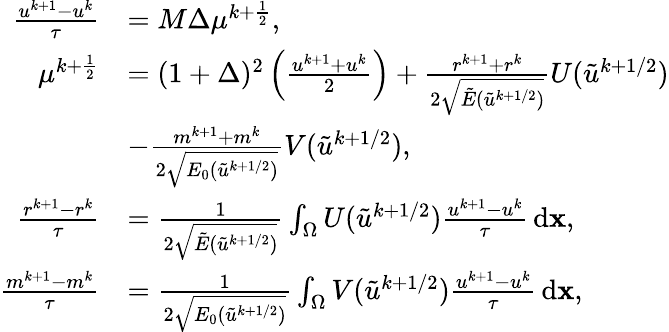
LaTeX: \begin{array}{rl}{\frac{u^{k+1}-u^{k}}{\tau}}&{=M\Delta\mu^{k+\frac{1}{2}},}\\ {\mu^{k+\frac{1}{2}}}&{=(1+\Delta)^{2}\left(\frac{u^{k+1}+u^{k}}{2}\right)+\frac{r^{k+1}+r^{k}}{2\sqrt{\tilde{E}(\tilde{u}^{k+1/2})}}U(\tilde{u}^{k+1/2})}\\ &{-\frac{m^{k+1}+m^{k}}{2\sqrt{E_{0}(\tilde{u}^{k+1/2})}}V(\tilde{u}^{k+1/2}),}\\ {\frac{r^{k+1}-r^{k}}{\tau}}&{=\frac{1}{2\sqrt{\tilde{E}(\tilde{u}^{k+1/2})}}\int_{\Omega}U(\tilde{u}^{k+1/2})\frac{u^{k+1}-u^{k}}{\tau}\, \mathrm{d}\mathbf{x},}\\ {\frac{m^{k+1}-m^{k}}{\tau}}&{=\frac{1}{2\sqrt{E_{0}(\tilde{u}^{k+1/2})}}\int_{\Omega}V(\tilde{u}^{k+1/2})\frac{u^{k+1}-u^{k}}{\tau}\, \mathrm{d}\mathbf{x},}\end{array}